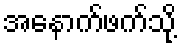
အနောက်ဖက်သို့